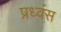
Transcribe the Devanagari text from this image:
प्रध्वंस